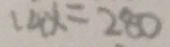
1 4 x = 2 8 0